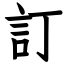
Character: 訂